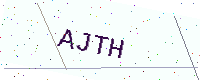
Text: AJTH